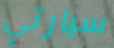
سيارتي